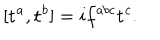
LaTeX: [ \mathbf { t } ^ { a } , \mathbf { t } ^ { b } ] = i f ^ { a b c } \mathbf { t } ^ { c } .